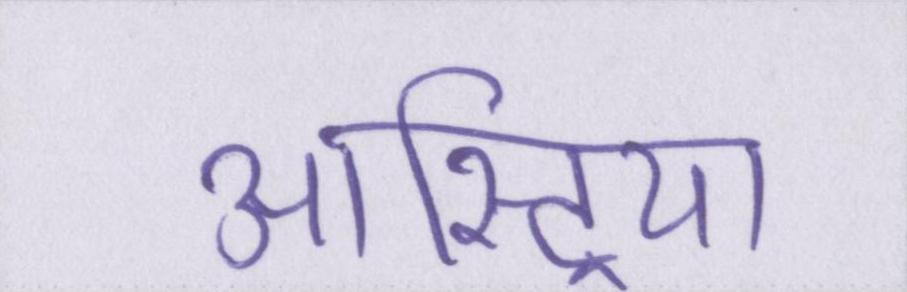
आस्ट्रिया